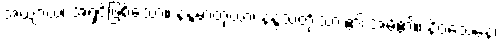
အယျာယ၊ အရှင်ဖြစ်သော။ နန္ဒမာတုယာ၊ နန္ဒသတိုးသား၏ အမိ၏။ နိဝသေနေ၊